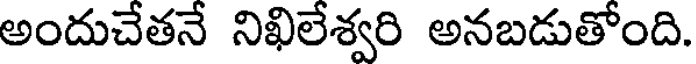
అందుచేతనే నిఖిలేశ్వరి అనబడుతోంది.